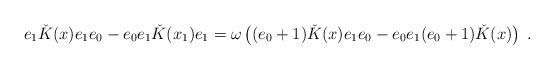
LaTeX: \begin{align*} e_1\check K(x)e_1e_0-e_0e_1\check K(x_1)e_1=\omega\left((e_0+1)\check K(x)e_1e_0-e_0e_1(e_0+1) \check K(x) \right)\;.\end{align*}